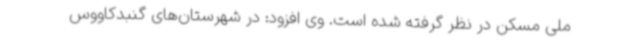
ملی مسکن در نظر گرفته شده است. وی افزود: در شهرستان‌های گنبدکاووس